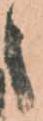
々